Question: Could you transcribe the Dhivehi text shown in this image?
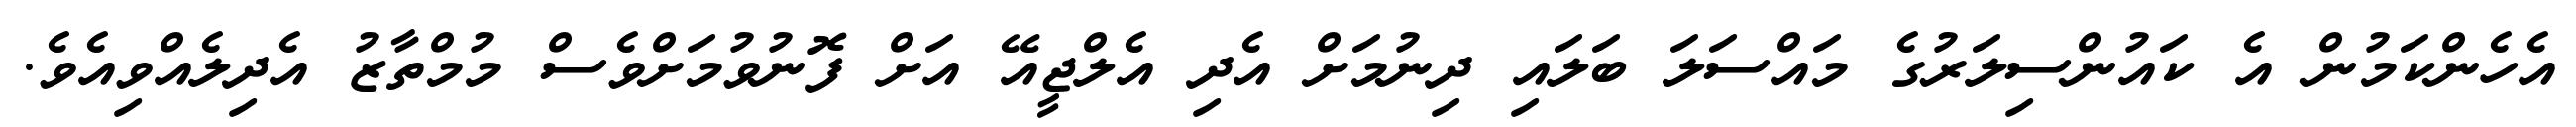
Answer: އެހެންކަމުން އެ ކައުންސިލަރުގެ މައްސަލަ ބަލައި ދިނުމަށް އެދި އެލްޖީއޭ އަށް ފޮނުވުމަށްވެސް މުމްތާޒު އެދިލެއްވިއެވެ.